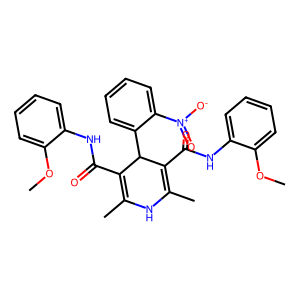
SMILES: COc1ccccc1NC(=O)C1=C(C)NC(C)=C(C(=O)Nc2ccccc2OC)C1c1ccccc1[N+](=O)[O-]
Inhibits HIV replication: No